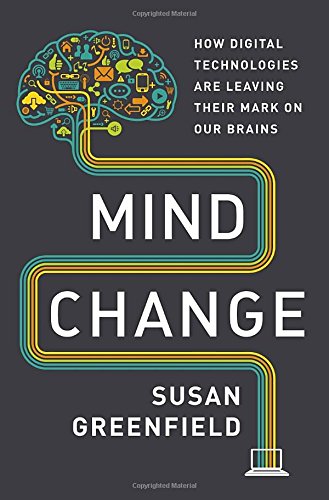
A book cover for Mind Change: How Digital Technologies Are Leaving Their Mark on Our Brains; Susan Greenfield; Computers & Technology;